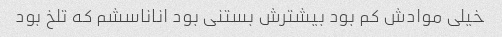
خیلی موادش کم بود بیشترش بستنی بود اناناسشم که تلخ بود